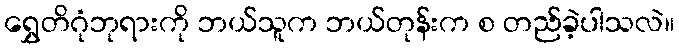
ရွှေတိဂုံဘုရားကို ဘယ်သူက ဘယ်တုန်းက စ တည်ခဲ့ပါသလဲ။